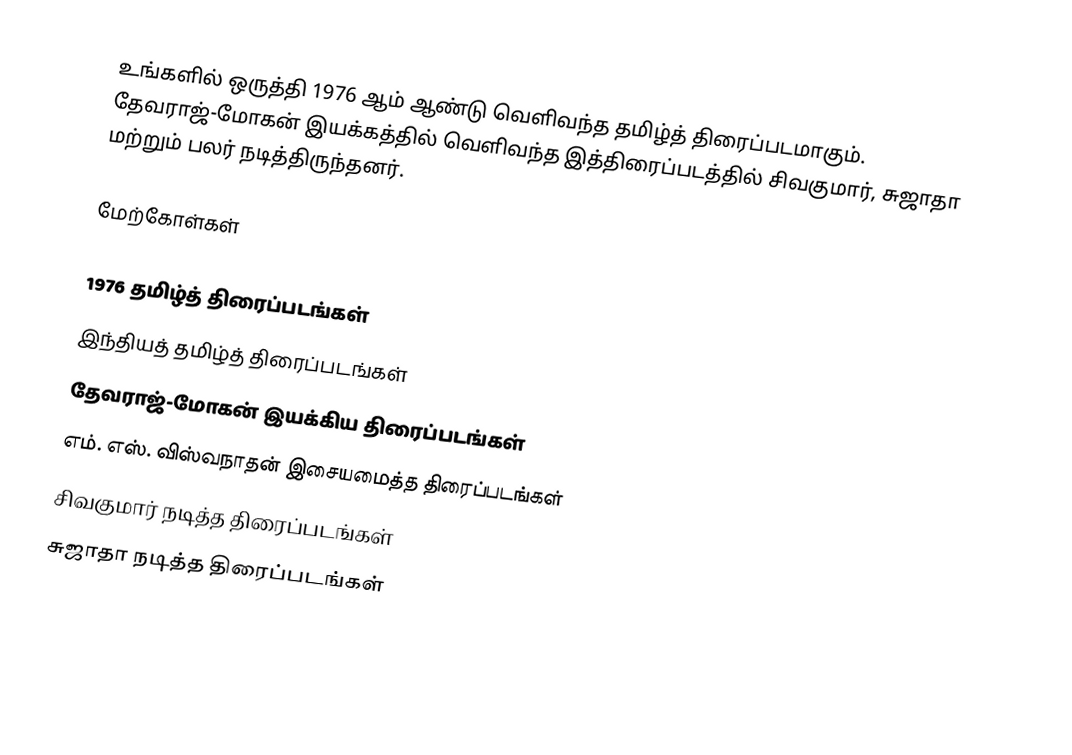
உங்களில் ஒருத்தி 1976 ஆம் ஆண்டு  வெளிவந்த தமிழ்த் திரைப்படமாகும். தேவராஜ்-மோகன் இயக்கத்தில் வெளிவந்த இத்திரைப்படத்தில் சிவகுமார், சுஜாதா மற்றும் பலர் நடித்திருந்தனர்.

மேற்கோள்கள்

1976 தமிழ்த் திரைப்படங்கள்
இந்தியத் தமிழ்த் திரைப்படங்கள்
தேவராஜ்-மோகன் இயக்கிய திரைப்படங்கள்
எம். எஸ். விஸ்வநாதன் இசையமைத்த திரைப்படங்கள்
சிவகுமார் நடித்த திரைப்படங்கள்
சுஜாதா நடித்த திரைப்படங்கள்